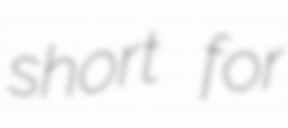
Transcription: short for